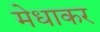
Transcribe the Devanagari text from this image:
मेधाकर